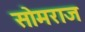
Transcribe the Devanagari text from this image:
सोमराज